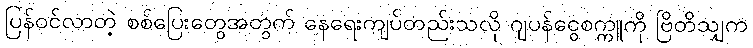
ပြန်ဝင်လာတဲ့ စစ်ပြေးတွေအတွက် နေရေးကျပ်တည်းသလို ဂျပန်ငွေစက္ကူကို ဗြိတိသျှက